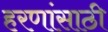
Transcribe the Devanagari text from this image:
हरणांसाठी